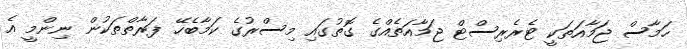
ހަމާސް ޖަމާއަތަކީ ޓެރެރިސްޓް ޖަމާއަތެއްގެ ގޮތުގައި މިސްރުގެ ކަމާބެހޭ ފަރާތްތަކުން ނިންމީ އެ